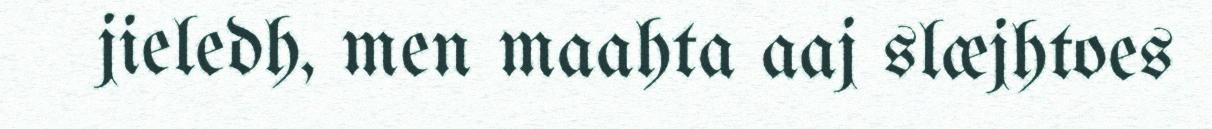
jieledh, men maahta aaj slæjhtoes